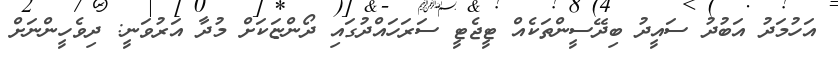
އަހުމަދު އަބުދު ސައީދު ބިދޭސީންތަކެއް ޓީޖެޓީ ސަރަހައްދުގައި ދޯންޏަކަށް މުދާ އަރުވަނީ: ދިވެހީންނަށް